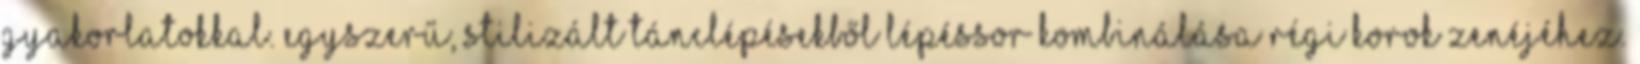
gyakorlatokkal. Egyszerű, stilizált tánclépésekből lépéssor kombinálása régi korok zenéjéhez.